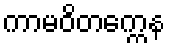
ကာမဝိတက္ကေန